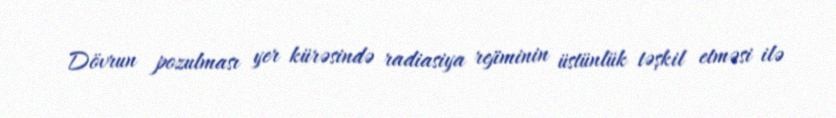
Dövrun pozulması yer kürəsində radiasiya rejiminin üstünlük təşkil etməsi ilə